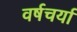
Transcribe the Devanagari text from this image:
वर्षचर्या